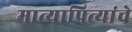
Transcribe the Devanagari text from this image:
मात्यापित्यांचे